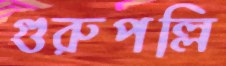
গুরুপল্লি